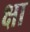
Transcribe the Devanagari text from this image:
क्षा